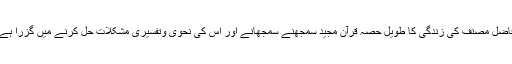
فاضل مصنف کی زندگی کا طویل حصہ قرآن مجید سمجھنے سمجھانے اور اس کی نحوی وتفسیری مشکلات حل کرنے میں گزرا ہے۔